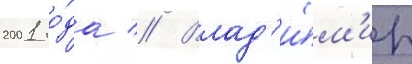
2001 го́да // Влад'и́м'ир